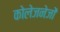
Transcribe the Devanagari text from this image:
कोलेजनेजों